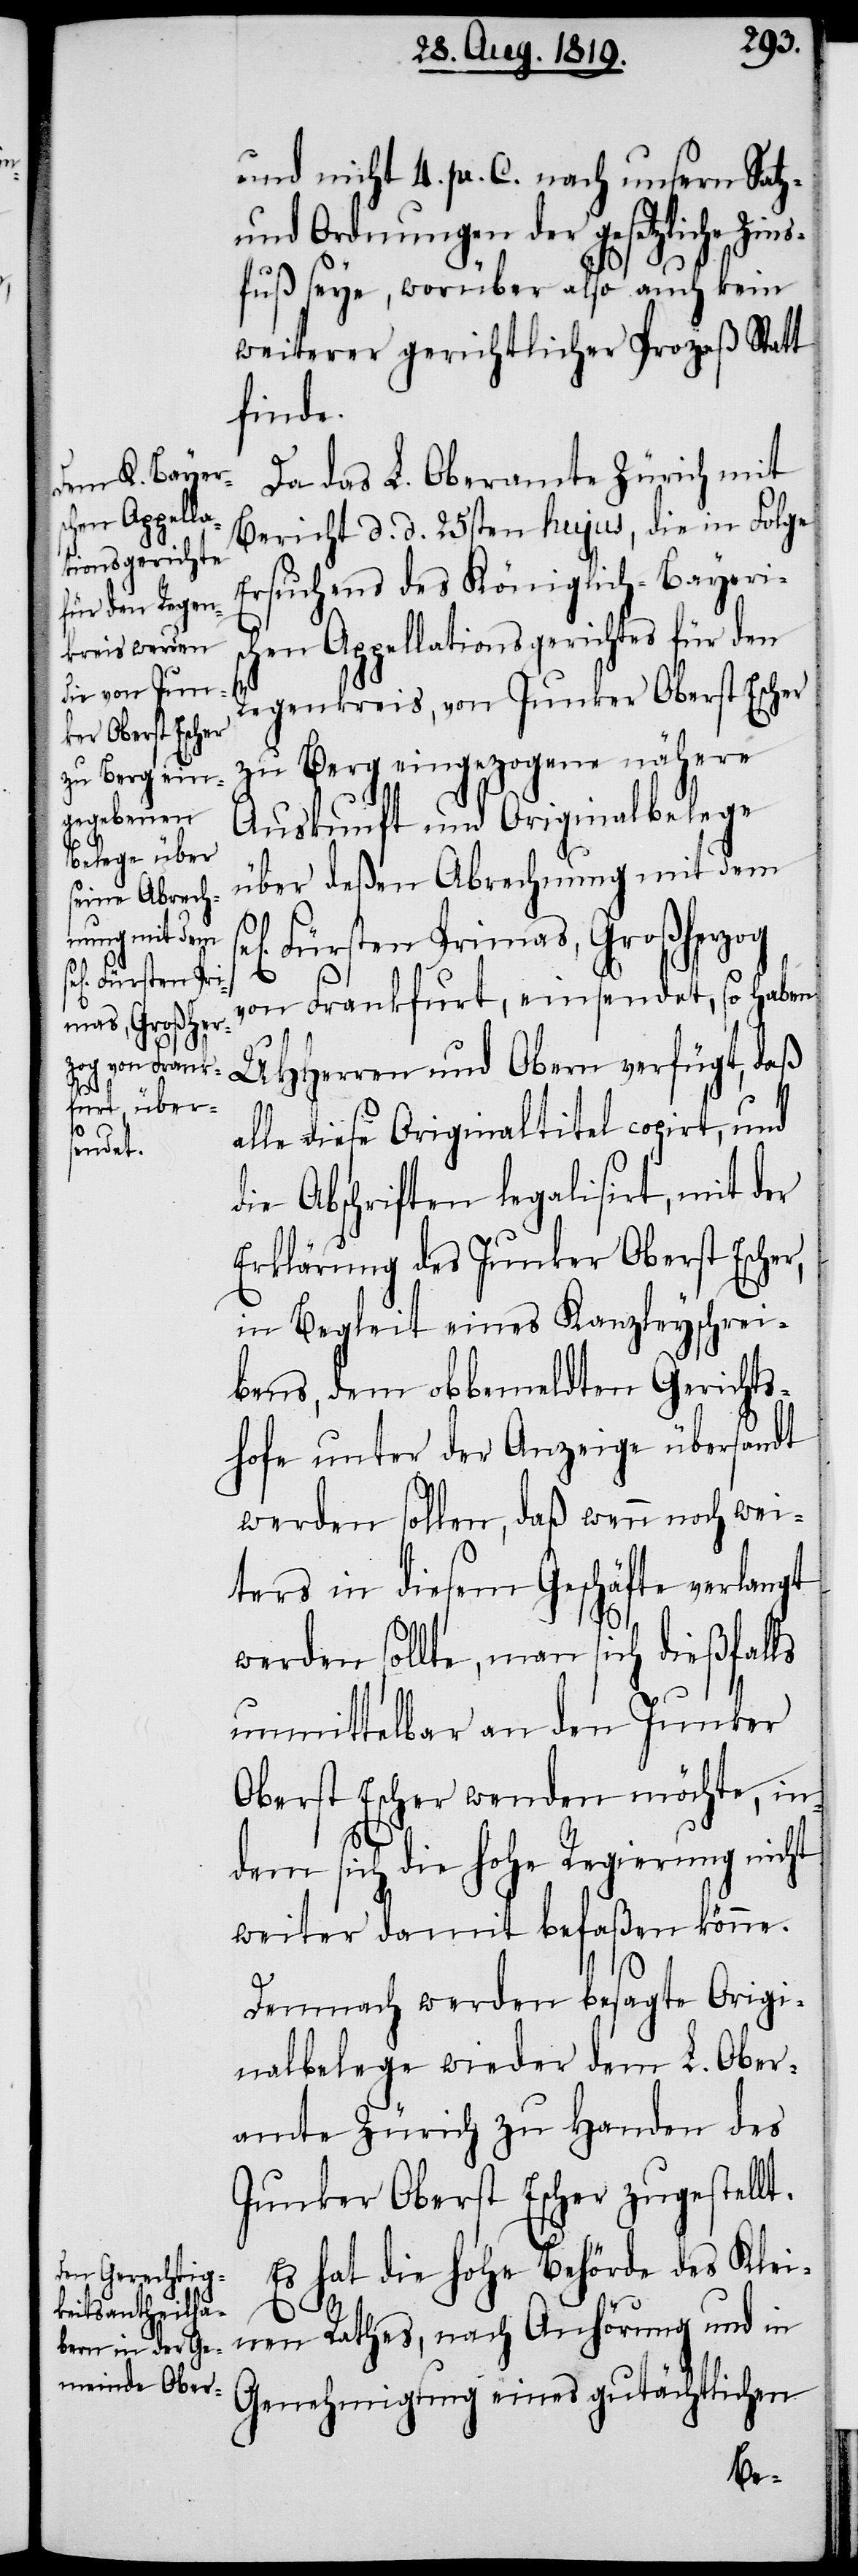
und nicht 4. pr. C. nach unsern Satz-
und Ordnungen der gesetzliche Zin¬
sfuß seye, worüber also auch kein
weiterer gerichtlicher Prozeß Statt
finde.
Da das L. Oberamte Zürich mit
Bericht d. d. 25sten hujus, die in Folge
Ersuchens des Königlich-Bayeris¬
chen Appellationsgerichtes für den
Regenkreis, von Junker Oberst Escher
zu Berg eingezogene nähere
Auskunft und Originalbelege
über deßen Abrechnung mit dem
Fürsten Primas, Großherzog
von Frankfurt, einsendet, so haben
UHHerren und Obern verfügt, daß
alle diese Originaltitel copirt, und
die Abschriften legalisirt, mit der
Erklärung des Junker Oberst Escher,
in Begleit eines Kanzleyschrei¬
bens, dem obbemeldten Gerichts¬
hofe unter der Anzeige übersandt
werden sollen, daß wenn noch wei¬
ters in diesem Geschäfte verlangt
werden sollte, man sich dießfalls
unmittelbar an den Junker
Oberst Escher wenden möchte, in¬
dem sich die hohe Regierung nicht
weiter damit befaßen könne.
Demnach werden besagte Origi¬
nalbelege wieder dem L. Ober¬
amte Zürich zu Handen des
Junker Oberst Escher zugestellt.
Es hat die hohe Behörde des Klei¬
nen Rathes, nach Anhörung und in
Genehmigung eines gutächtlichen